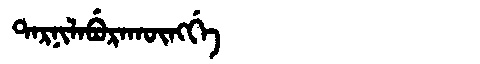
Manchu: ᡨᠠᡵᠨᡳᠯᠠᠪᡠᡵᠠᡴᡡᠩᡤᡝ
Romanization: TARNILABURAKŪNGGE